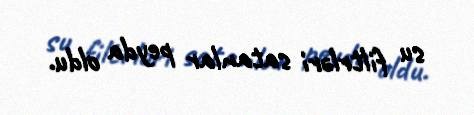
su filtrləri satanlar peyda oldu.